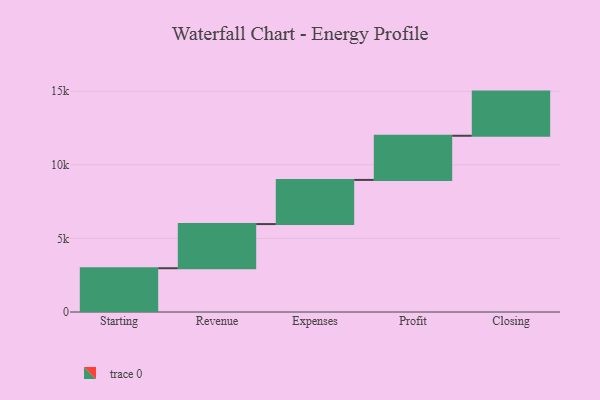
{"axis": {"x": "Step", "y": "Value"}, "legend": [""], "data": [{"x": "Starting", "y": 2974.0, "type": ""}, {"x": "Revenue", "y": 3000, "type": ""}, {"x": "Expenses", "y": 3000, "type": ""}, {"x": "Profit", "y": 3000, "type": ""}, {"x": "Closing", "y": 3000, "type": ""}]}